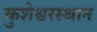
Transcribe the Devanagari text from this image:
कुशेश्वरस्थान